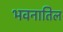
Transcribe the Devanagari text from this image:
भवनातिल